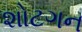
શોટગન